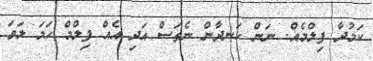
ކަމުދާ ފިލްމެއް. ނަން ހަނދާން ނެތަސް އަދި އެއް ފިލްމް ހަމަ ލަވަ